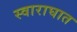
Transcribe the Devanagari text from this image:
स्वाराघात